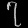
Digit: ၇